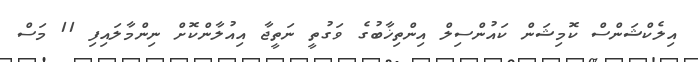
އިލެކްޝަންސް ކޮމިޝަން ކައުންސިލް އިންތިޚާބުގެ ވަގުތީ ނަތީޖާ އިއުލާންކޮށް ނިންމާލައިފި 11 މަސް